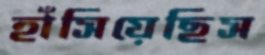
হাঁসিয়েছিস